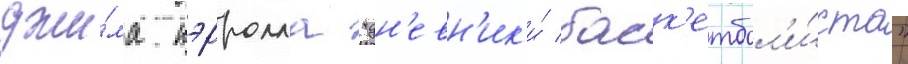
джи́ма кэрролла "дн'евн'ик'и́ баск'етбол'и́ста"